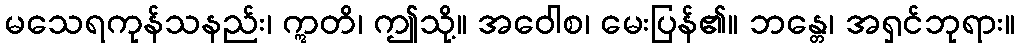
မသေရကုန်သနည်း၊ ဣတိ၊ ဤသို့။ အဝေါစ၊ မေးပြန်၏။ ဘန္တေ၊ အရှင်ဘုရား။